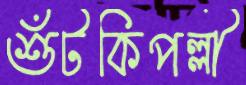
শুঁটকিপল্লী